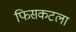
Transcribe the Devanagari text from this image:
फिसकटला